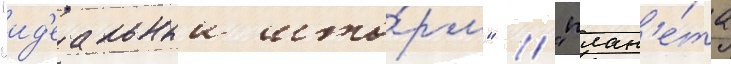
"ид'еальныи што́рм" / "план'е́та